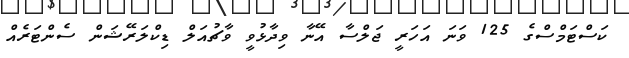
ކަސްޓަމްސްގެ 125 ވަނަ އަހަރީ ޖަލްސާ އޭނާ ވިދާޅުވީ ވާޗުއަލް ޑިކްލަރޭޝަން ސެންޓަރެއް